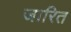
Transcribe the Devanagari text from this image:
जारित